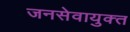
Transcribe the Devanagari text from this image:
जनसेवायुक्‍त